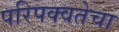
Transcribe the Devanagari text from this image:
परिपक्वतेचा